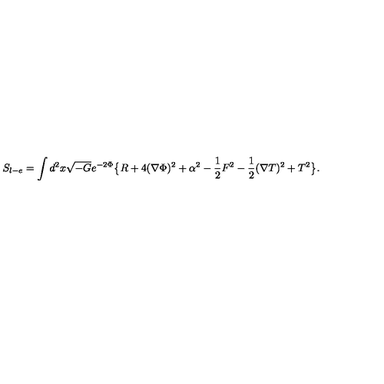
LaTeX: S _ { l - e } = \int d ^ { 2 } x \sqrt { - G } e ^ { - 2 \Phi } \big \{ R + 4 ( \nabla \Phi ) ^ { 2 } + \alpha ^ { 2 } - { \frac { 1 } { 2 } } F ^ { 2 } - { \frac { 1 } { 2 } } ( \nabla T ) ^ { 2 } + T ^ { 2 } \big \} .